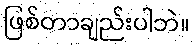
ဖြစ်တာချည်းပါဘဲ။